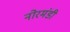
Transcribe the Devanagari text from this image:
नोरमंडी